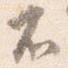
不